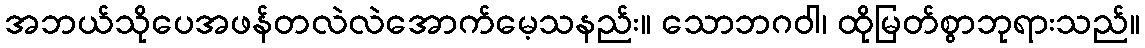
အဘယ်သိုပေအဖန်တလဲလဲအောက်မေ့သနည်း။ သောဘဂဝါ၊ ထိုမြတ်စွာဘုရားသည်။